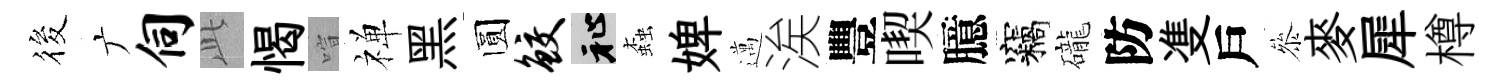
筱广伺𬼘愒喧禅黑圆鲛祉螙婢邁涘豐喫臆竊礲防㕠戶叅麥犀樽